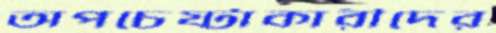
অপচেষ্টাকারীদের